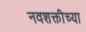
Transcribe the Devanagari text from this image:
नवशक्तीच्या